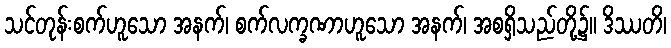
သင်တုန်းစက်ဟူသော အနက်၊ စက်လက္ခဏာဟူသော အနက်၊ အစရှိသည်တို့၌။ ဒိဿတိ၊